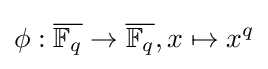
\phi :{\overline {\mathbb {F} _{q}}}\to {\overline {\mathbb {F} _{q}}},x\mapsto x^{q}